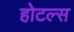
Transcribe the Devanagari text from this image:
होटल्‍स